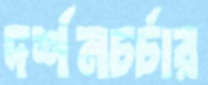
দর্শনচর্চার